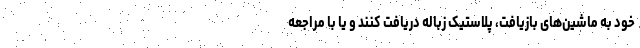
خود به ماشین‌های بازیافت، پلاستیک زباله دریافت کنند و یا با مراجعه